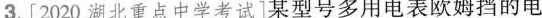
3.[2020湖北重点中学考试]某型号多用电表欧姆挡的电